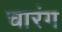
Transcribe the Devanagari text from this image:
चारंग